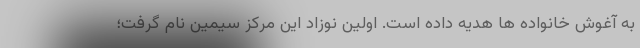
به آغوش خانواده ها هدیه داده است. اولین نوزاد این مرکز سیمین نام گرفت؛